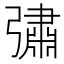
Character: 彇